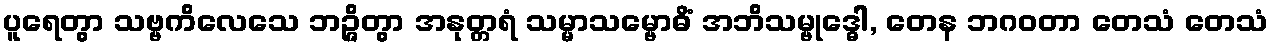
ပူရေတွာ သဗ္ဗကိလေသေ ဘဉ္ဇိတွာ အနုတ္တရံ သမ္မာသမ္ဗောဓိံ အဘိသမ္ဗုဒ္ဓေါ, တေန ဘဂဝတာ တေသံ တေသံ